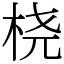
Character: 桡